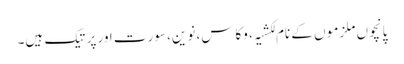
پانچوں ملزمو ں کے نام لکشیہ، وکاس، نوین، سورِت اور پرتیک ہیں۔